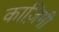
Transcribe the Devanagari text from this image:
काज़िमी